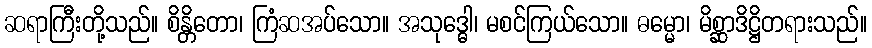
ဆရာကြီးတို့သည်။ စိန္တိတော၊ ကြံဆအပ်သော။ အသုဒ္ဓေါ၊ မစင်ကြယ်သော။ ဓမ္မော၊ မိစ္ဆာဒိဋ္ဌိတရားသည်။